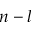
n - l